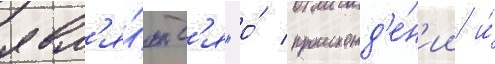
явл'я́ютс'я "о́ происхожд'е́н'ии и́